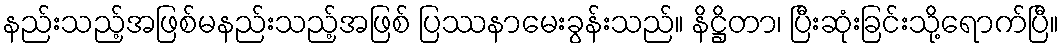
နည်းသည့်အဖြစ်မနည်းသည့်အဖြစ် ပြဿနာမေးခွန်းသည်။ နိဋ္ဌိတာ၊ ပြီးဆုံးခြင်းသို့ရောက်ပြီ။